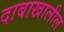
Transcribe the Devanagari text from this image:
दाबाखालील